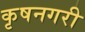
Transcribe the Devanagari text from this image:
कृषनगरी